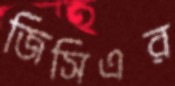
জিসিএর